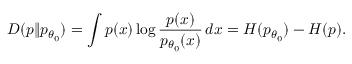
D ( p \| p _ { \theta _ { 0 } } ) = \int p ( x ) \log \frac { p ( x ) } { p _ { \theta _ { 0 } } ( x ) } \, d x = H ( p _ { \theta _ { 0 } } ) - H ( p ) .